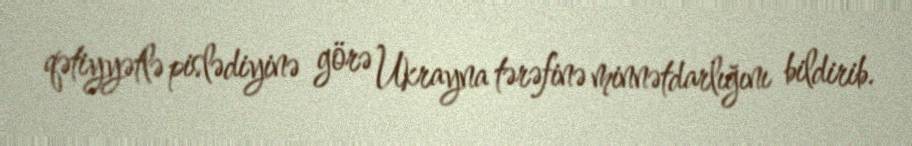
qətiyyətlə pislədiyinə görə Ukrayna tərəfinə minnətdarlığını bildirib.